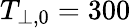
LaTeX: T_{\perp,0}=300